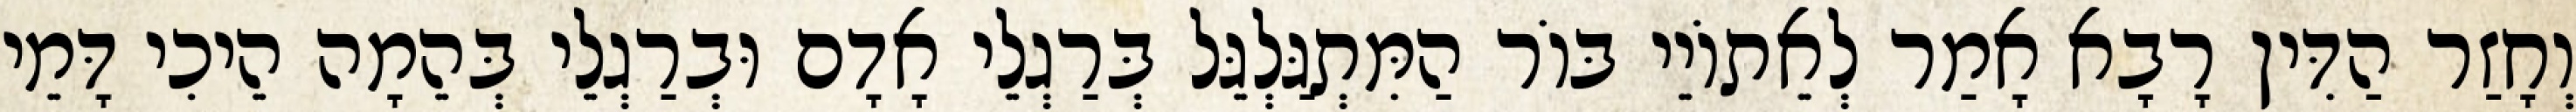
וְחָזַר הַדִּין רָבָא אָמַר לְאֵתוֹיֵי בּוֹר הַמִּתְגַּלְגֵּל בְּרַגְלֵי אָדָם וּבְרַגְלֵי בְּהֵמָה הֵיכִי דָּמֵי